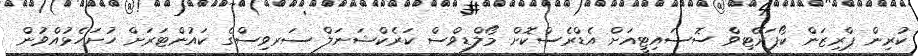
ކުރިން ޕްރިޒަން ކޯޕަރޭޓިވް ސޮސައިޓީއަށް އެޑްރެސްކޮށް މޯލްޑިވްސް ކަރެކްޝަނަލް ސަރވިސްގެ ކައުންޓަރަށް ހުށަހެޅުއްވުން